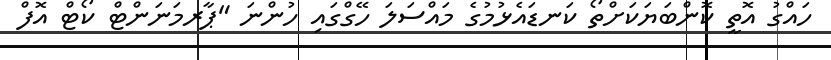
ހައްގު އޮތީ ކޮންބަޔަކަށްތޯ ކަނޑައެޅުމުގެ މައްސަލަ ހޭގްގައި ހުންނަ "ޕާރމަނަންޓް ކޯޓް އޮފް